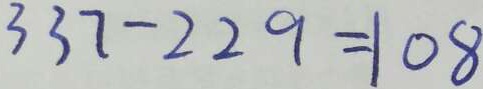
3 3 7 - 2 2 9 = 1 0 8